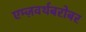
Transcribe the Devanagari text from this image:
एम्ज़वर्थबरोबर